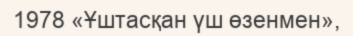
1978 «Ұштасқан үш өзенмен»,